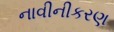
નાવીનીકરણ